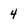
Character: 4